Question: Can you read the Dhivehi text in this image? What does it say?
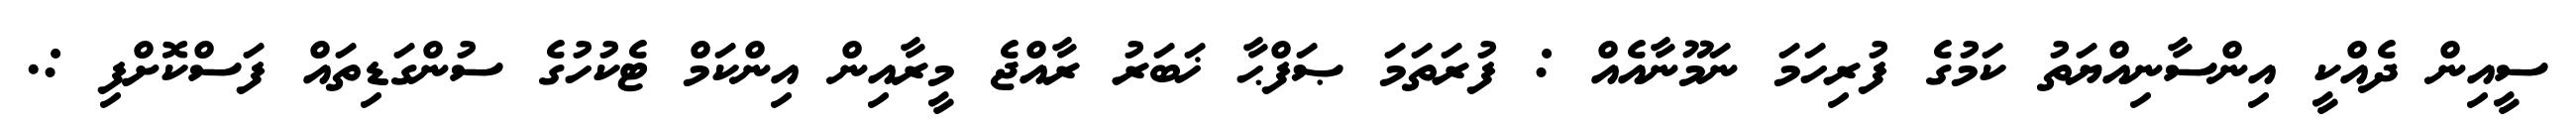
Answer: ސީއިން ދެއްކީ އިންސާނިއްޔަތު ކަމުގެ ފުރިހަމަ ނަމޫނާއެއް : ފުރަތަމަ ޞަފްޙާ ޚަބަރު ރާއްޖެ މީރާއިން އިންކަމް ޓެކުހުގެ ސުންގަޑިތައް ފަސްކޮށްފި :.